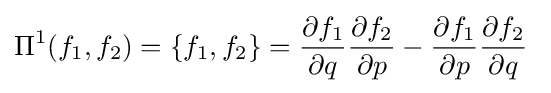
\Pi ^{1}(f_{1},f_{2})=\{f_{1},f_{2}\}={\frac {\partial f_{1}}{\partial q}}{\frac {\partial f_{2}}{\partial p}}-{\frac {\partial f_{1}}{\partial p}}{\frac {\partial f_{2}}{\partial q}}~